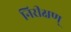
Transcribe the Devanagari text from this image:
निरीक्षण्